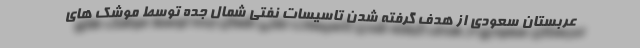
عربستان سعودی از هدف گرفته شدن تاسیسات نفتی شمال جده توسط موشک های